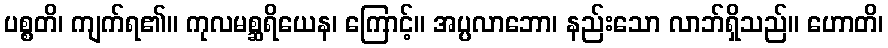
ပစ္စတိ၊ ကျက်ရ၏။ ကုလမစ္ဆရိယေန၊ ကြောင့်။ အပ္ပလာဘော၊ နည်းသော လာဘ်ရှိသည်။ ဟောတိ၊